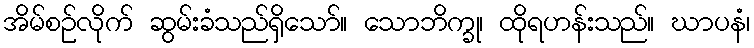
အိမ်စဉ်လိုက် ဆွမ်းခံသည်ရှိသော်။ သောဘိက္ခု၊ ထိုရဟန်းသည်။ ဃာပနံ၊